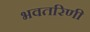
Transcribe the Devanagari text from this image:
भवतरिणी